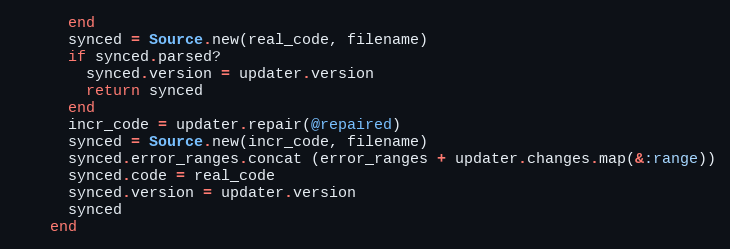
Language: Ruby
      end
      synced = Source.new(real_code, filename)
      if synced.parsed?
        synced.version = updater.version
        return synced
      end
      incr_code = updater.repair(@repaired)
      synced = Source.new(incr_code, filename)
      synced.error_ranges.concat (error_ranges + updater.changes.map(&:range))
      synced.code = real_code
      synced.version = updater.version
      synced
    end